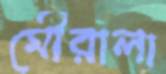
মৌরালা